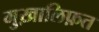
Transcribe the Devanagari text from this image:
मुख़ालिफ़त